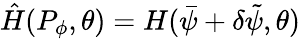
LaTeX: \hat{H}(P_{\phi},\theta)=H(\bar{\psi}+\delta\tilde{\psi},\theta)